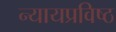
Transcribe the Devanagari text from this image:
न्यायप्रविष्ठ